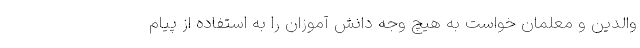
والدین و معلمان خواست به هیچ وجه دانش آموزان را به استفاده از پیام